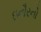
ઇનૌરનો